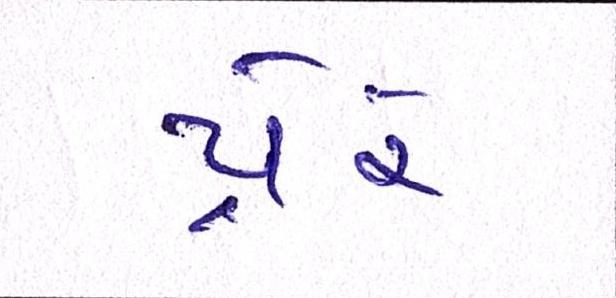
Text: પ્રેરે